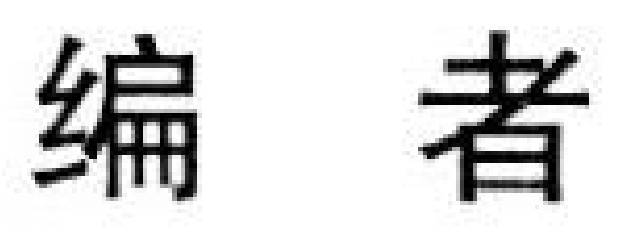
编者